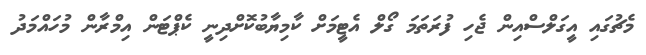
މެޗުގައި އީގަލްސްއިން ޖެހި ފުރަތަމަ ގޯލް އެޓީމަށް ކާމިޔާބުކޮށްދިނީ ކެޕްޓަން އިމްރާން މުހައްމަދު